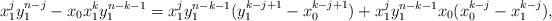
LaTeX: \begin{align*} x_1^jy_1^{n-j}-x_0x_1^ky_1^{n-k-1} =x_1^jy_1^{n-k-1}(y_1^{k-j+1}-x_0^{k-j+1}) +x_1^jy_1^{n-k-1}x_0(x_0^{k-j}-x_1^{k-j}), \end{align*}